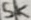
Text: 5K